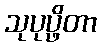
သုပုပ္ဖိတာ